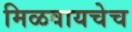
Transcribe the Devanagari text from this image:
मिळवायचेच